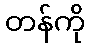
တန်ကို